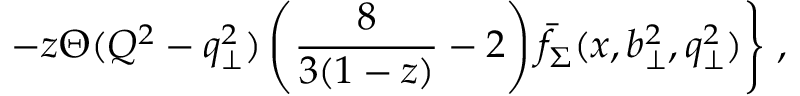
- z \Theta ( Q ^ { 2 } - q _ { \perp } ^ { 2 } ) \left( { \frac { 8 } { 3 ( 1 - z ) } } - 2 \right) \bar { f } _ { \Sigma } ( x , b _ { \perp } ^ { 2 } , q _ { \perp } ^ { 2 } ) \Bigg \} \; ,